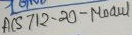
Text: ACS712-20-Moaul